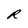
Character: R